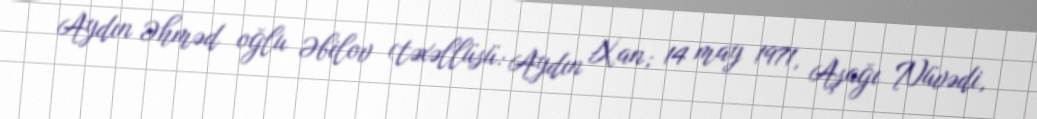
Aydın Əhməd oğlu Əbilov (təxəllüsü: Aydın Xan; 14 may 1971, Aşağı Nüvədi,